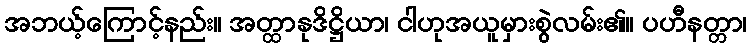
အဘယ့်ကြောင့်နည်း။ အတ္ထာနုဒိဋ္ဌိယာ၊ ငါဟုအယူမှားစွဲလမ်း၏။ ပဟီနတ္တာ၊